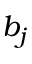
b _ { j }